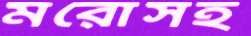
মরোসহ